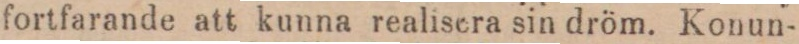
fortfarande att kunna realisera sin dröm. Konun-